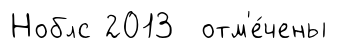
Ноблс 2013 отм'е́чены